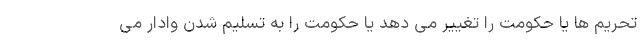
تحریم ها یا حکومت را تغییر می دهد یا حکومت را به تسلیم شدن وادار می